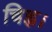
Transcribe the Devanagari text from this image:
चिह्न।